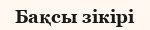
Бақсы зікірі